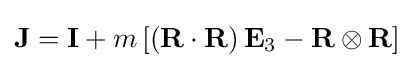
\mathbf {J} =\mathbf {I} +m\left[\left(\mathbf {R} \cdot \mathbf {R} \right)\mathbf {E} _{3}-\mathbf {R} \otimes \mathbf {R} \right]